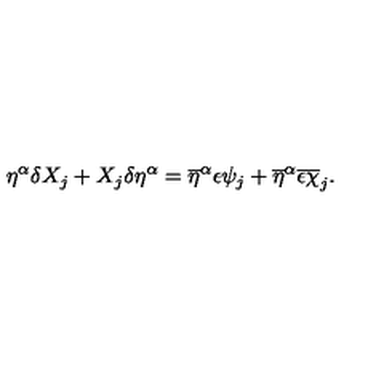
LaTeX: \eta ^ { \alpha } \delta X _ { j } + X _ { j } \delta \eta ^ { \alpha } = \overline { { \eta } } ^ { \alpha } \epsilon \psi _ { j } + \overline { { \eta } } ^ { \alpha } \overline { { \epsilon } } \overline { { \chi } } _ { j } .